Indian journal of veterinary science and animal husbandry - Volume 6,
Year: 1936
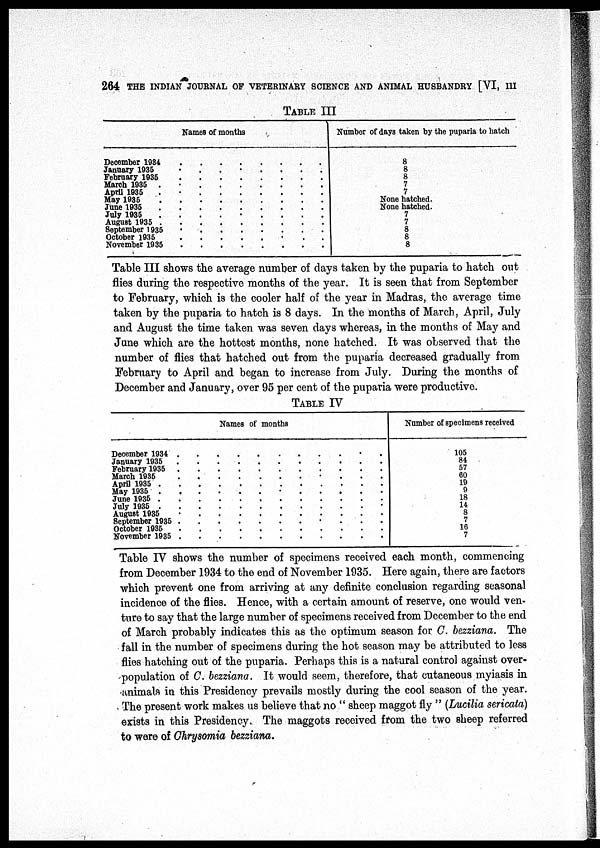
264 THE INDIAN JOURNAL OF VETERINARY SCIENCE AND ANIMAL HUSBANDRY [VI, III
TABLE III
Names of months
December 1934 . . .
January 1935 . . .
February 1935 . . .
March 1935 . ..
April 1935 . ..
May 1935 . . .
June 1935 . . .
July 1935 . . .
August 1935 . . .
September 1935 . . .
October 1935 . . .
November 1935 . . .
Number of days taken by the puparia to hatch
8
8
8
7
7
None hatched.
None hatched.
7
7
8
8
8
Table III shows the average number of days taken by the puparia to hatch out
flies during the respective months of the year. It is seen that from September
to February, which is the cooler half of the year in Madras, the average time
taken by the puparia to hatch is 8 days. In the months of March, April, July
and August the time taken was seven days whereas, in the months of May and
June which are the hottest months, none hatched. It was observed that the
number of flies that hatched out from the puparia decreased gradually from
February to April and began to increase from July. During the months of
December and January, over 95 per cent of the puparia were productive.
TABLE IV
Names of months
December 1934 . . .
January 1935 . . .
February 1935 . . .
March 1935 . . .
April 1935 . . .
May 1935 . . .
June 1935 . . .
July 1935 . . .
August 1935 . . .
September 1935 . . .
October 1935 . . .
November 1935 . . .
Number of specimens received
105
84
57
60
19
9
18
14
8
7
16
7
Table IV shows the number of specimens received each month, commencing
from December 1934 to the end of November 1935. Here again, there are factors
which prevent one from arriving at any definite conclusion regarding seasonal
incidence of the flies. Hence, with a certain amount of reserve, one would ven-
ture to say that the large number of specimens received from December to the end
of March probably indicates this as the optimum season for C. bezziana. The
fall in the number of specimens during the hot season may be attributed to less
flies hatching out of the puparia. Perhaps this is a natural control against over-
population of C. bezziana. It would seem, therefore, that cutaneous myiasis in
animals in this Presidency prevails mostly during the cool season of the year.
The present work makes us believe that no " sheep maggot fly " (Lucilia sericata)
exists in this Presidency. The maggots received from the two sheep referred
to were of Chrysomia bezziana.